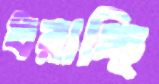
ধরাচ্ছি